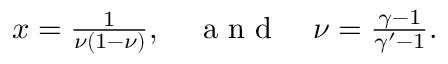
\begin{array} { r } { x = \frac 1 { \nu ( 1 - \nu ) } , \quad \mathrm { ~ a ~ n ~ d ~ } \quad \nu = \frac { \gamma - 1 } { \gamma ^ { \prime } - 1 } . } \end{array}